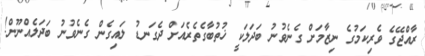
ރާއްޖޭގެ ވެރިކަމުގެ ނިޒާމަށް ގެނެވުނު ބަދަލަކީ ޚުތުބާގެތެރެއަށް ދެގަނޑު ލައިގެން ގެނެވުނު ބަދަލެއްނޫން!